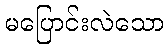
မပြောင်းလဲသော